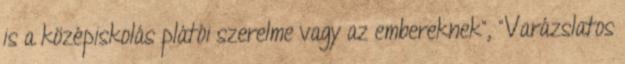
is a középiskolás plátói szerelme vagy az embereknek", "Varázslatos